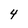
Character: 4